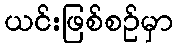
ယင်းဖြစ်စဉ်မှာ